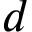
d